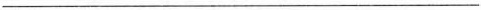
___